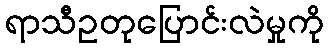
ရာသီဥတုပြောင်းလဲမှုကို